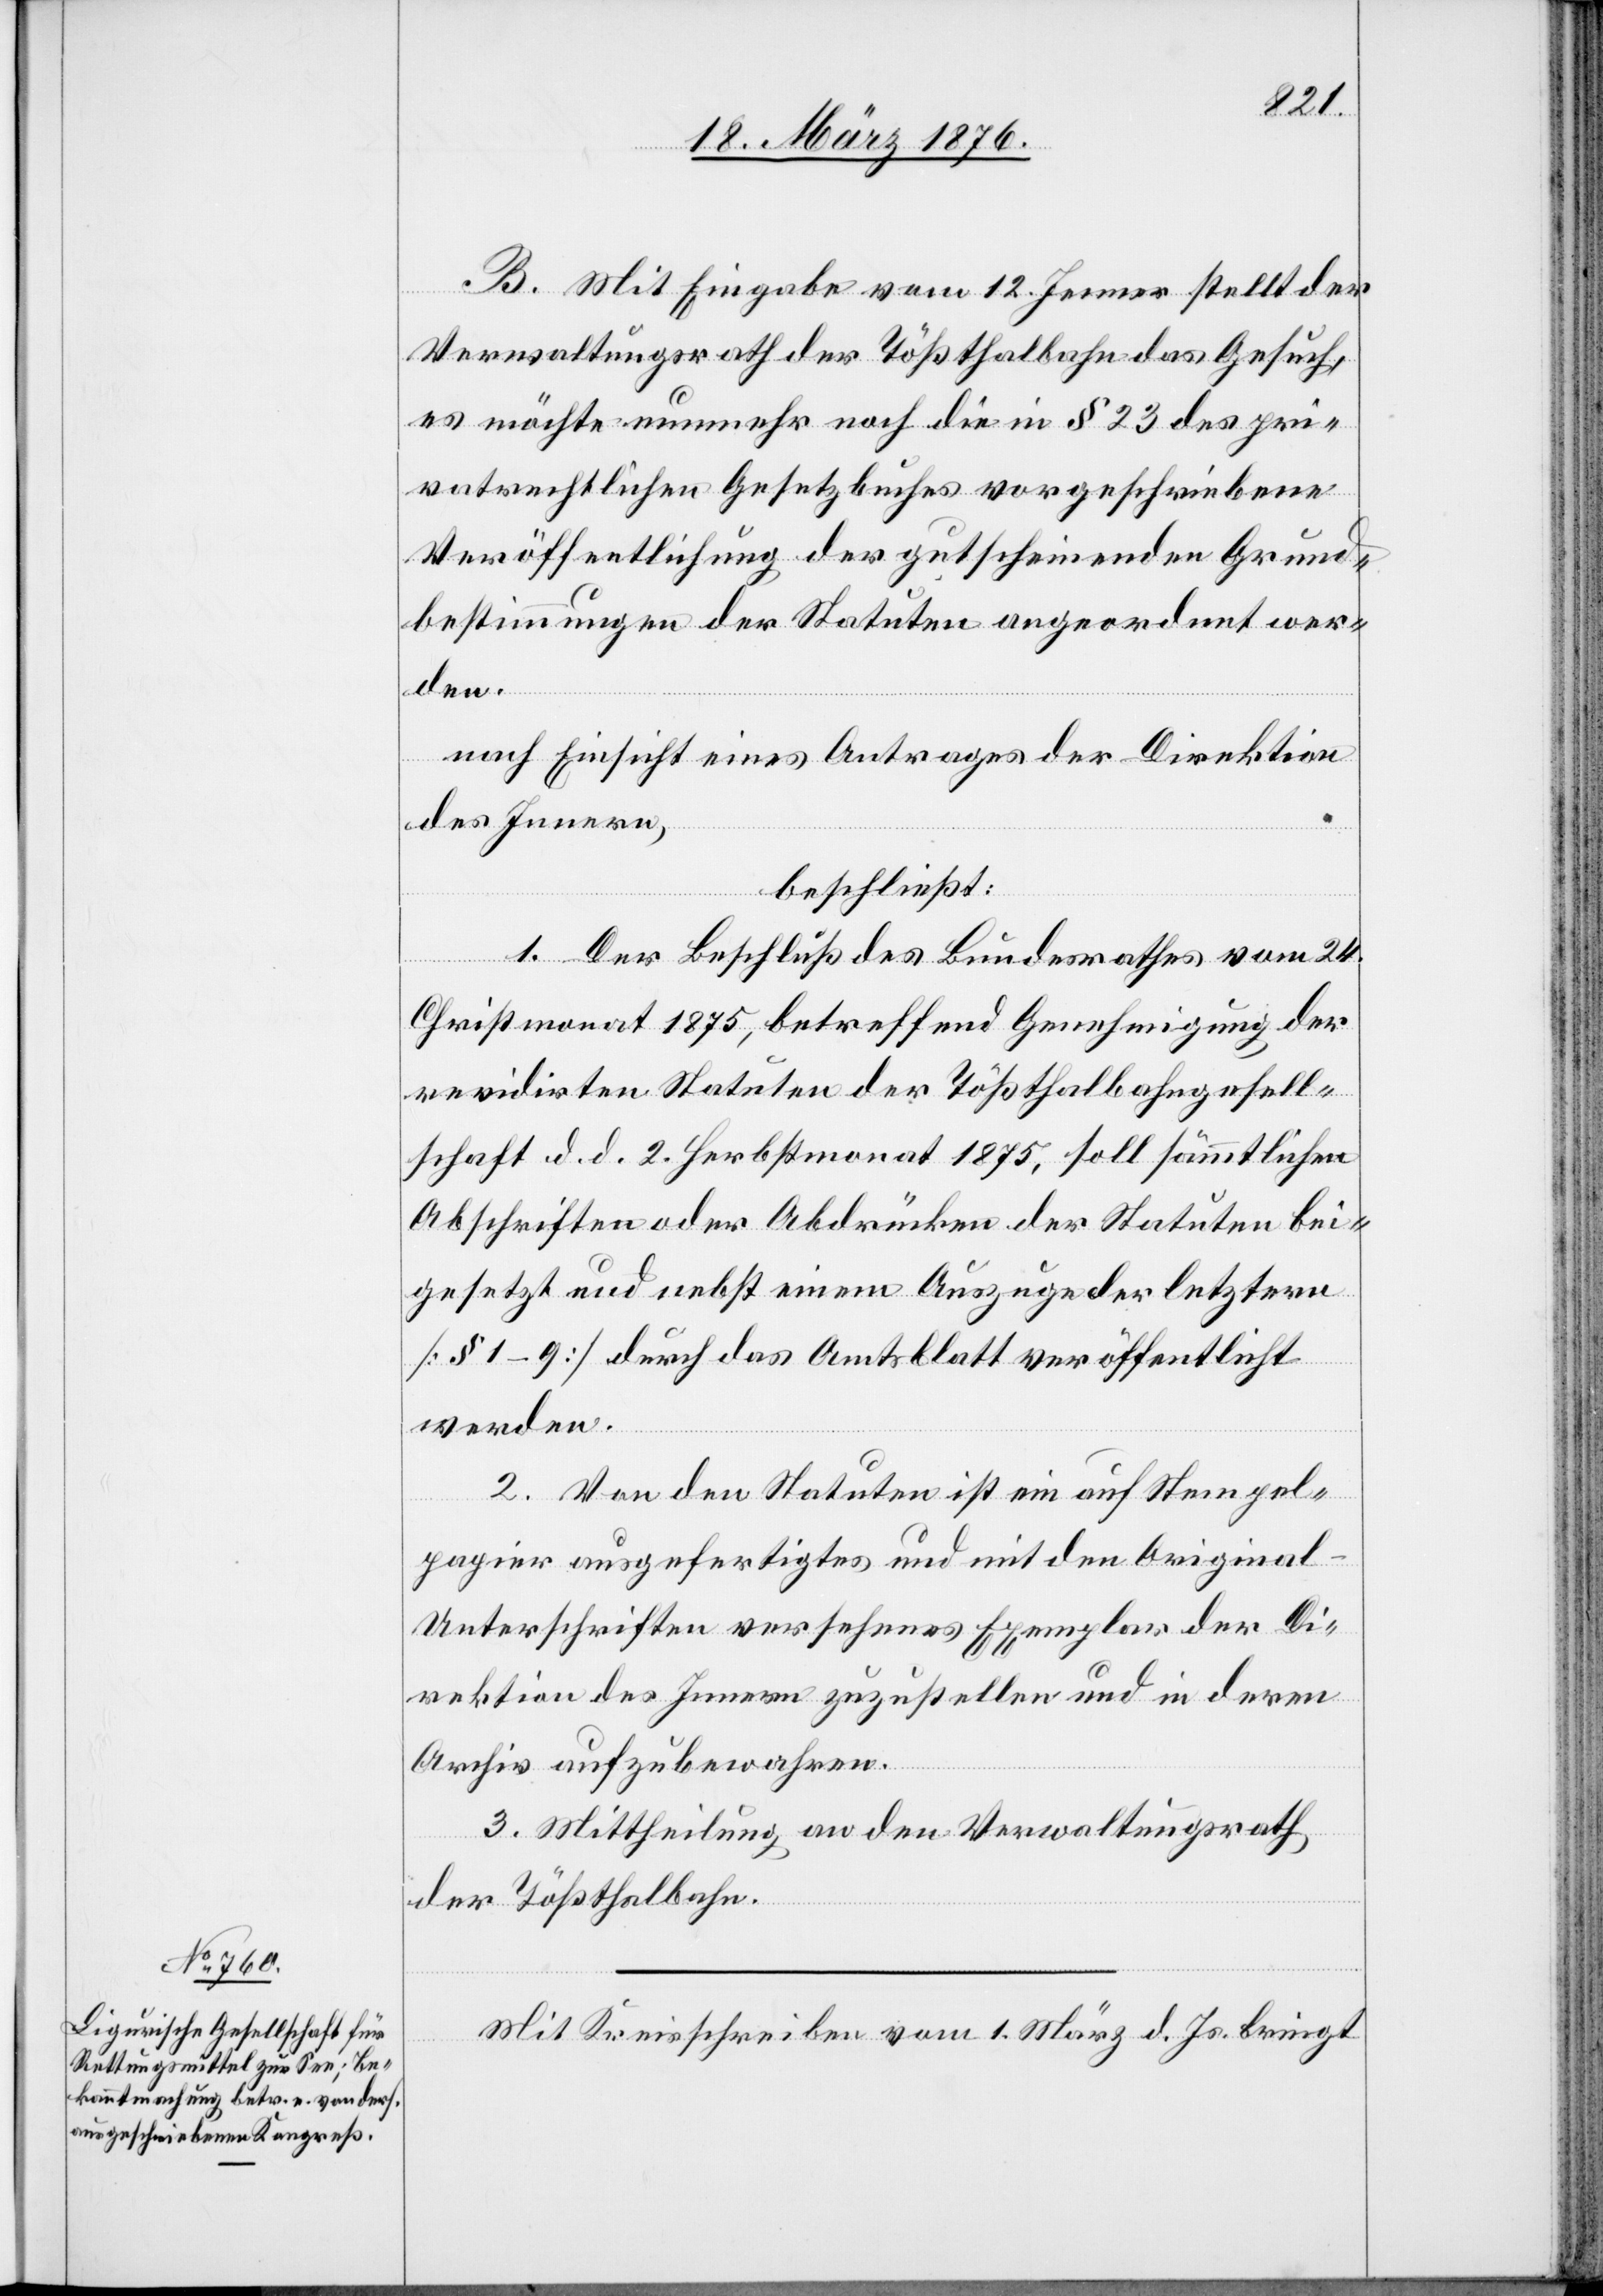
B. Mit Eingabe vom 12. Jenner stellt der
Verwaltungsrath der Tößthalbahn das Gesuch,
es möchte nunmehr noch die in § 23 des pri¬
vatrechtlichen Gesetzbuches vorgeschriebenen
Veröffentlichung der gutscheinenden Grund¬
bestimmungen der Statuten angeordnet wer¬
den.
nach Einsicht eines Antrages der Direktion
des Innern,
beschließt:
1. Der Beschluß des Bundesrathes vom 24.
Christmonat 1875, betreffend Genehmigung der
revidirten Statuten der Tößthalbahngesell¬
schaft d. d. 2. Herbstmonat 1875, soll sämmtlichen
Abschriften oder Abdrücken der Statuten bei¬
gesetzt und nebst einem Auszuge der letztern
[§ 1–9] durch das Amtsblatt veröffentlicht
werden.
2. Von den Statuten ist ein auf Stempel¬
papier ausgefertigtes und mit den Original-U¬
nterschriften versehenes Exemplar der Di¬
rektion des Innern zuzustellen und in deren
Archiv aufzubewahren.
3. Mittheilung an den Verwaltungsrath
der Tößthalbahn.
Mit Kreisschreiben vom 1. März d. Js. bringt